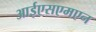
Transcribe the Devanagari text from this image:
आईएसएमएन